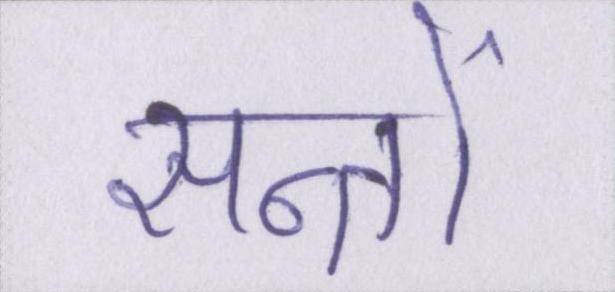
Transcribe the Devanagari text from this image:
सन्तों